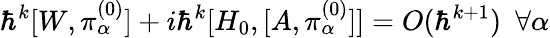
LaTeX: \hbar^{k}[W,\pi_{\alpha}^{(0)}]+i\hbar^{k}[H_{0},[A,\pi_{\alpha}^{(0)}]]=O(\hbar^{k+1})~~\forall\alpha